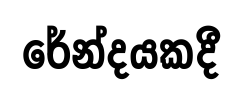
රේන්දයකදී